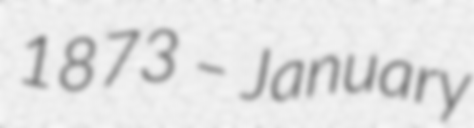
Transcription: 1873 – January